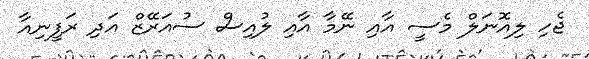
ޖެހި ލިއޮނަލް މެސީ އާއި ނޭމާ އާއި ލުއިސް ސުއަރޭޒް އަދި ރަފީނިއާ